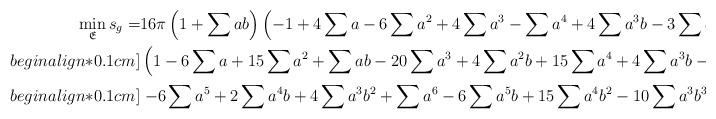
LaTeX: \begin{align*}\min_{\mathfrak{E}} s_g=&16\pi\left(1+\sum ab\right)\left(-1+4\sum a-6\sum a^2+4\sum a^3-\sum a^4+4\sum a^3b-3\sum a^2b^2\right)\Big/\\begin{align*}0.1cm]&\left(1-6\sum a+15\sum a^2+\sum ab-20\sum a^3+4\sum a^2b+15\sum a^4+4\sum a^3b-3\sum a^2b^2\right.\\begin{align*}0.1cm]&\left.-6\sum a^5+2\sum a^4b+4\sum a^3b^2+\sum a^6-6\sum a^5b+15\sum a^4b^2-10\sum a^3b^3\right)\end{align*}